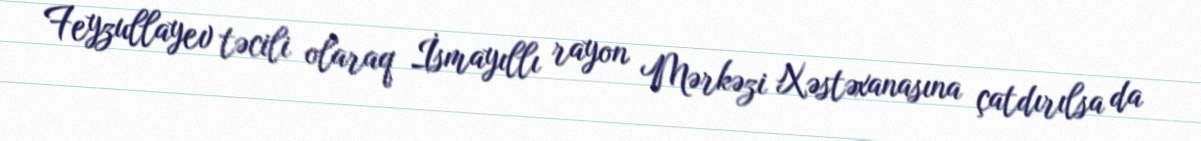
Feyzullayev təcili olaraq İsmayıllı rayon Mərkəzi Xəstəxanasına çatdırılsa da